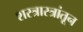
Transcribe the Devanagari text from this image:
शस्त्रास्त्रांतून